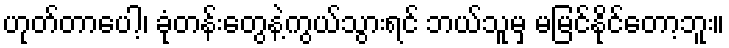
ဟုတ်တာပေါ့၊ ခုံတန်းတွေနဲ့ကွယ်သွားရင် ဘယ်သူမှ မမြင်နိုင်တော့ဘူး။